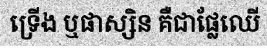
ទ្រើង ឬផាស្សិន គឺជាផ្លែឈើ